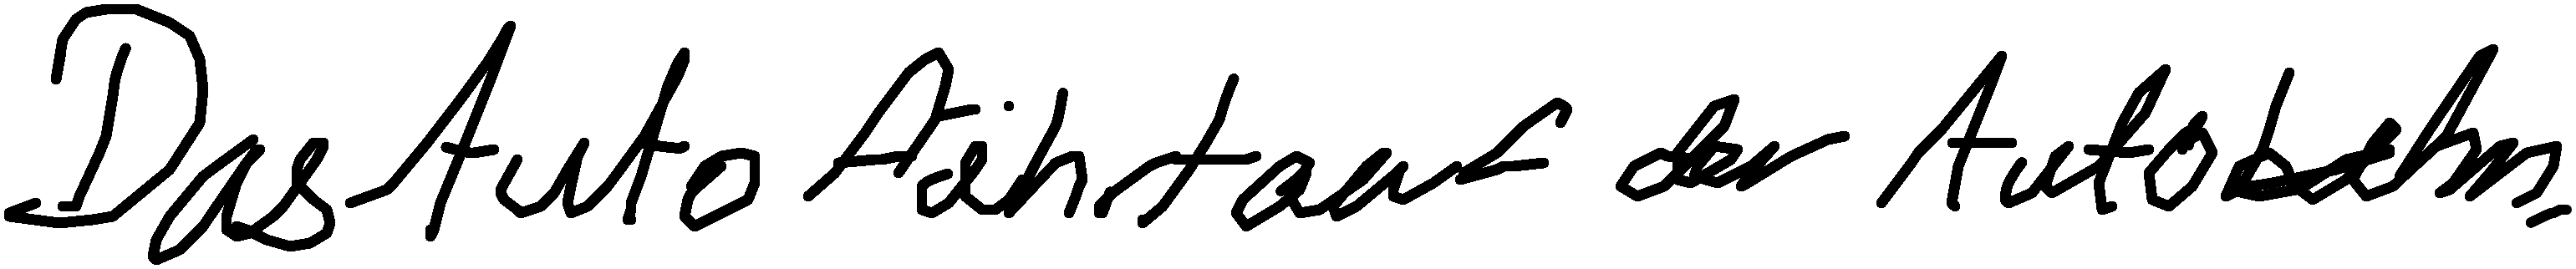
Das Auto fährt auf der Autobahn.